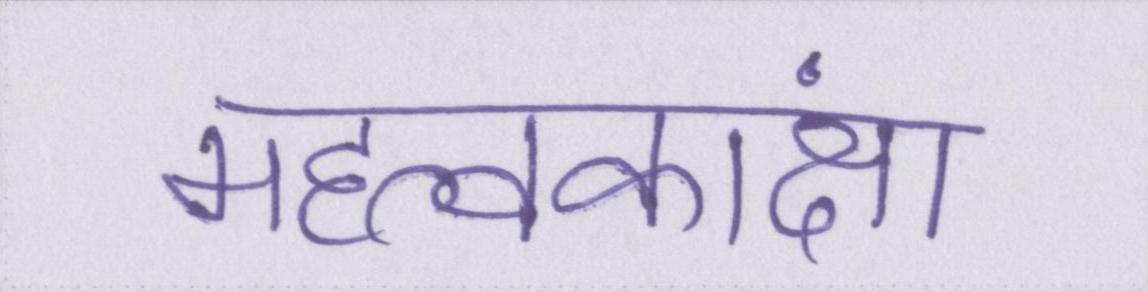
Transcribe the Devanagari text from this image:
महत्वकांक्षा